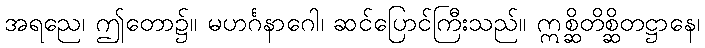
အရညေ၊ ဤတော၌။ မဟင်္ဂနာဂေါ၊ ဆင်ပြောင်ကြီးသည်။ ဣစ္ဆိတိစ္ဆိတဋ္ဌာနေ၊